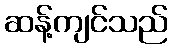
ဆန့်ကျင်သည်